Annual report of the Punjab Veterinary College and of the Civil Veterinary Department, Punjab - 1926-1932
Year: 1926
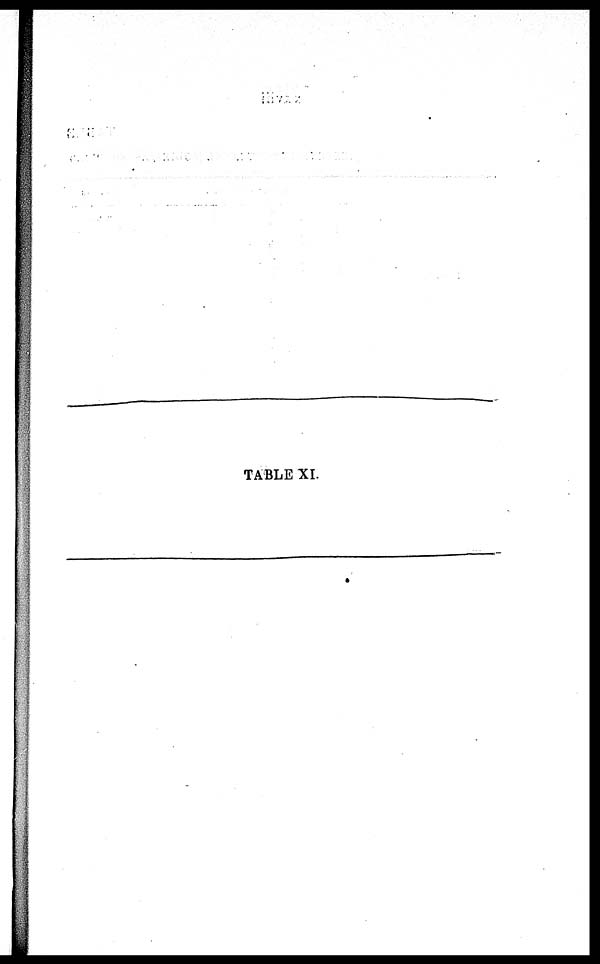
TABLE XI.